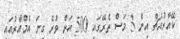
ކޭއާރުއެޗް އިން 3 މަސް ތެރޭގައި 500 އަށް ވުރެ ގިނަ އެމްއާރުއައި